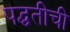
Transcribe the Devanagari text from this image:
पद्घतीची